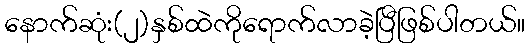
နောက်ဆုံး(၂)နှစ်ထဲကိုရောက်လာခဲ့ပြီဖြစ်ပါတယ်။